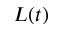
L ( t )